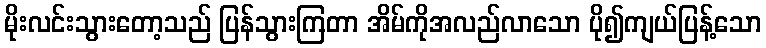
မိုးလင်းသွားတော့သည် ပြန်သွားကြတာ အိမ်ကိုအလည်လာသော ပို၍ကျယ်ပြန့်သော